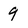
Character: 9